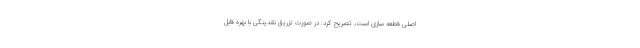
اصلی قطعه سازی است، تصریح کرد: در صورت تزریق نقدینگی با بهره قابل